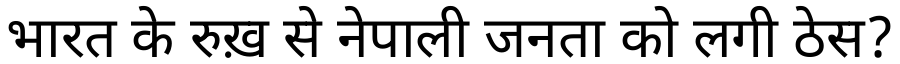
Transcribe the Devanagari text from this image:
भारत के रुख़ से नेपाली जनता को लगी ठेस?